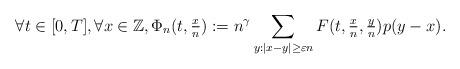
LaTeX: \begin{align*}\forall t \in [0,T], \forall x \in \mathbb{Z}, \Phi_n (t, \tfrac{x}{n} ) := n^{\gamma} \sum_{y: |x-y| \geq \varepsilon n} F(t, \tfrac{x}{n}, \tfrac{y}{n}) p (y-x). \end{align*}